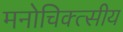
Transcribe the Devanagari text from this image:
मनोचिक्त्सीय